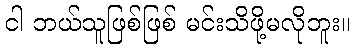
ငါ ဘယ်သူဖြစ်ဖြစ် မင်းသိဖို့မလိုဘူး။